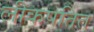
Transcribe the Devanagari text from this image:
लीकपतित